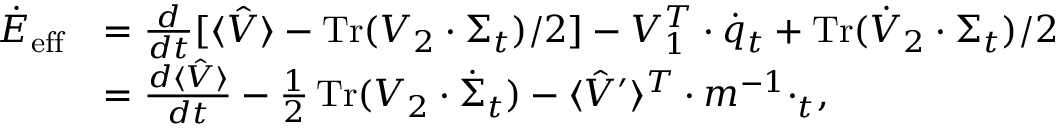
\begin{array} { r l } { \dot { E } _ { \mathrm { e f f } } } & { = \frac { d } { d t } [ \langle \hat { V } \rangle - \operatorname { T r } ( V _ { 2 } \cdot \Sigma _ { t } ) / 2 ] - V _ { 1 } ^ { T } \cdot \dot { q } _ { t } + \operatorname { T r } ( \dot { V } _ { 2 } \cdot \Sigma _ { t } ) / 2 } \\ & { = \frac { d \langle \hat { V } \rangle } { d t } - \frac { 1 } { 2 } \operatorname { T r } ( V _ { 2 } \cdot \dot { \Sigma } _ { t } ) - \langle \hat { V } ^ { \prime } \rangle ^ { T } \cdot m ^ { - 1 } \cdotp _ { t } , } \end{array}